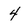
Character: 4